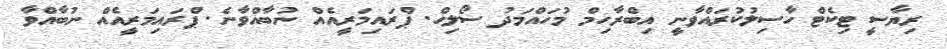
ރިޔާސީ ޓިކެޓް ހާސިލުކުރައްވާނީ އިބްރާހިމް މުހައްމަދު ސޯލިހް. ޕްރައިމަރީއެއް ނުބާއްވާނެ. ޕްރައިމަރީއެއް ނުބާއްވާ